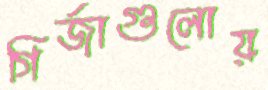
গির্জাগুলোয়